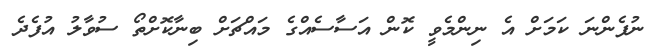
ނުފެންނަ ކަމަށް އެ ނިންމެވީ ކޮން އަސާސެއްގެ މައްޗަށް ބިނާކޮށްތޯ ސުވާލު އުފެދެ